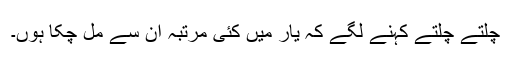
چلتے چلتے کہنے لگے کہ یار میں کئی مرتبہ ان سے مل چکا ہوں۔